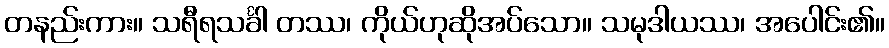
တနည်းကား။ သရီရသင်္ခါ တဿ၊ ကိုယ်ဟုဆိုအပ်သော။ သမုဒါယဿ၊ အပေါင်း၏။